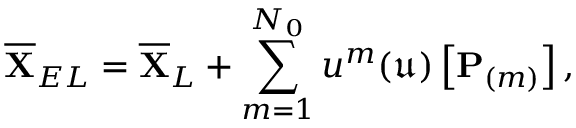
\overline { { \mathbf { X } } } _ { E L } = \overline { { \mathbf { X } } } _ { L } + \sum _ { m = 1 } ^ { N _ { 0 } } u ^ { m } ( \mathfrak { u } ) \left[ \mathbf { P } _ { ( m ) } \right] ,